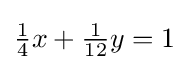
{\tfrac {1}{4}}x+{\tfrac {1}{12}}y=1